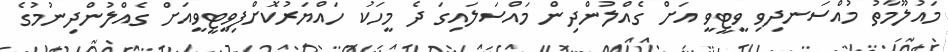
މައުލޫމާތު މުއްސަނދިވި ވީޓީވީ އަށް ގެއްލުންދިން މައްސަލައިގަ ދެ މީހަކު ހައްޔަރުކޮށްފިވީޓީވީއަށް ގެއްލުންދިނުމުގެ